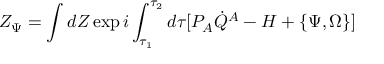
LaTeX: Z _ { \Psi } = \int d Z \exp i \int _ { \tau _ { 1 } } ^ { \tau _ { 2 } } d \tau [ P _ { A } \dot { Q } ^ { A } - H + \{ \Psi , \Omega \} ]